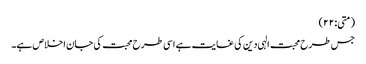
(متی:۲۲)
جس طرح محبت الہی دین کی غایت ہے اسی طرح محبت کی جان اخلاص ہے۔